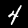
Digit: 4